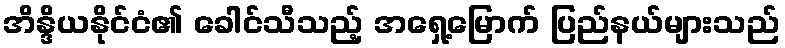
အိန္ဒိယနိုင်ငံ၏ ခေါင်သီသည့် အရှေ့မြောက် ပြည်နယ်များသည်